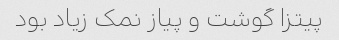
پیتزا گوشت و پیاز نمک زیاد بود